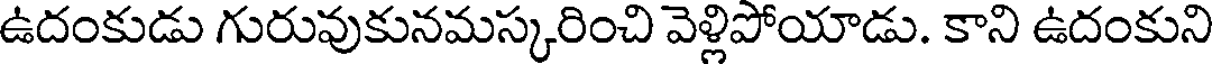
ఉదంకుడు గురువుకునమస్కరించి వెళ్లిపోయాడు. కాని ఉదంకుని